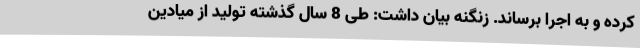
کرده و به اجرا برساند. زنگنه بیان داشت: طی 8 سال گذشته تولید از میادین